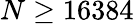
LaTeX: N\geq 16384